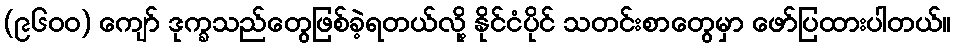
(၉၆၀၀) ကျော် ဒုက္ခသည်တွေဖြစ်ခဲ့ရတယ်လို့ နိုင်ငံပိုင် သတင်းစာတွေမှာ ဖော်ပြထားပါတယ်။